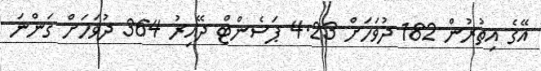
އޭގެ އިތުރުން 182 ދުވަހަށް 4.23 ޕަސެންޓް ދޭއިރު 364 ދުވަހަށް ގަންނަ